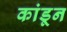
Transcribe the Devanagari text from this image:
कांडून